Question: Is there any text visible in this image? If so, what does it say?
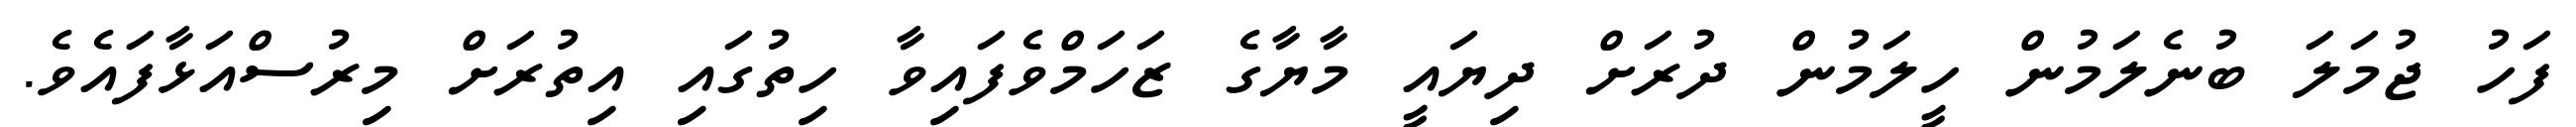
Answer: ފަހު ޖުމަލަ ބުނެލަމުން ހީލަމުން ދުރަށް ދިޔައީ މާޔާގެ ޒަހަމްވެފައިވާ ހިތުގައި އިތުރަށް މިރުސްއަޅާފައެވެ.